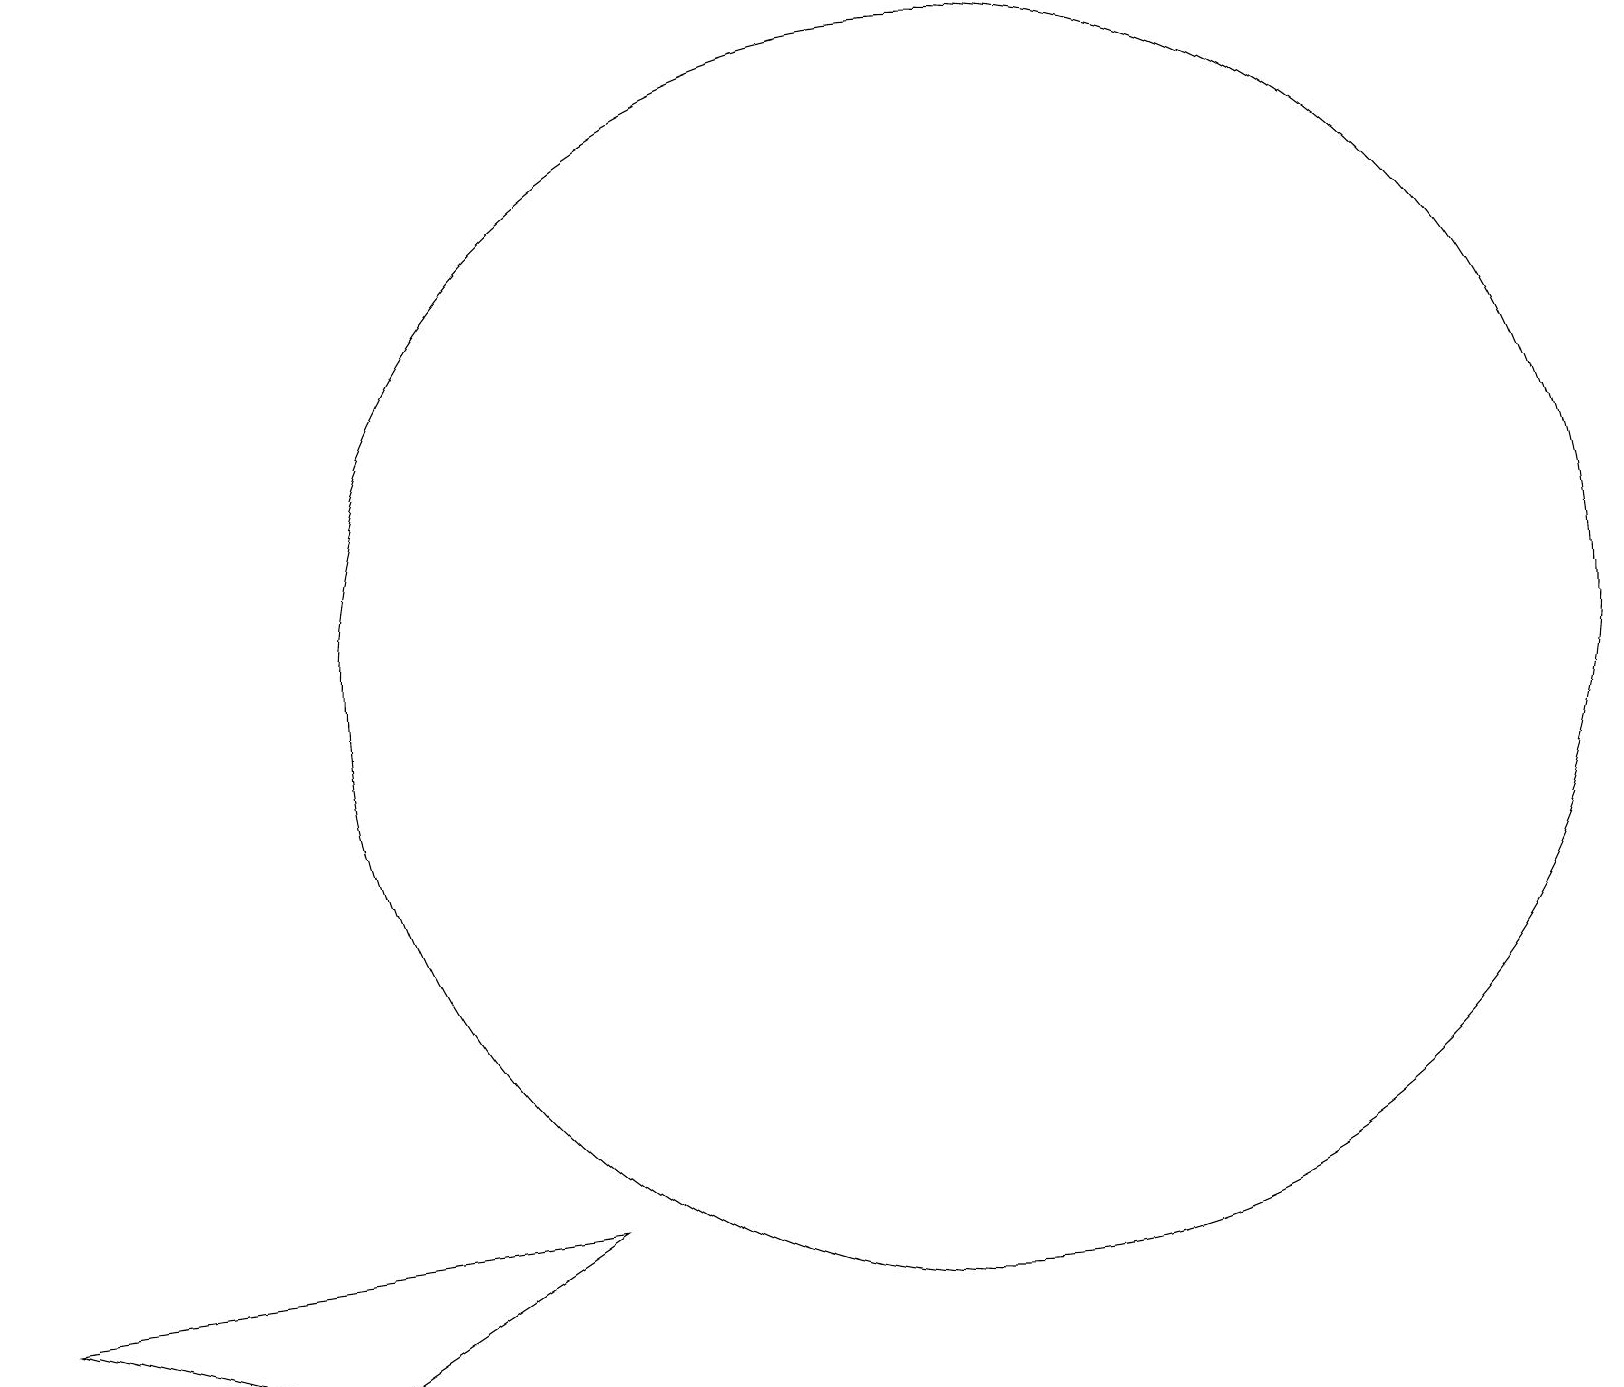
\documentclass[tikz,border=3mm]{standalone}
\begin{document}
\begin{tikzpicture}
\draw (11,10) circle (0);
\draw (11,10) circle (0);
\draw (4,3) -- (0,4) -- (7,5) -- cycle;
\draw (12,12) circle (8);
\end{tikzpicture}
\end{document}